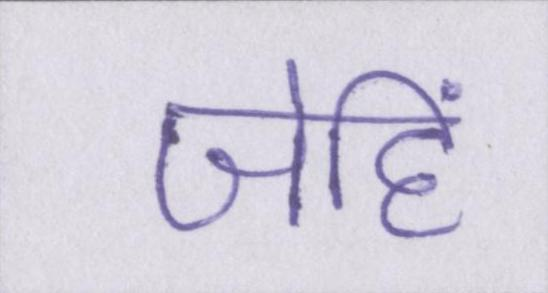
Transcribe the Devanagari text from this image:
जेहिं